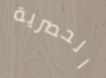
الحصرية